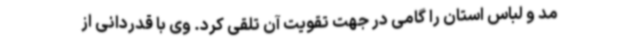
مد و لباس استان را گامی در جهت تقویت آن تلقی کرد. وی با قدردانی از